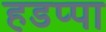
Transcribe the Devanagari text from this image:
हडप्‍पा